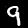
Digit: 9